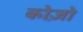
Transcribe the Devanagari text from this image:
कोज़ो